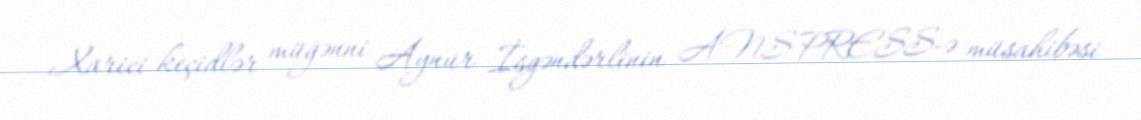
Xarici keçidlər müğənni Aynur İsgəndərlinin ANS PRESS-ə müsahibəsi